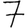
Digit: 7